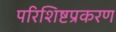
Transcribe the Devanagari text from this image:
परिशिष्टप्रकरण